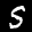
Label: 5